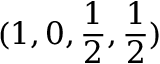
( 1 , 0 , \frac { 1 } { 2 } , \frac { 1 } { 2 } )